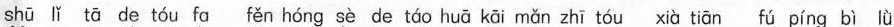
shū lǐ tā de tóu fα fěn hóng sè de táo huā kāi mǎn zhī tóu xià tiān fú píng bì lǜ